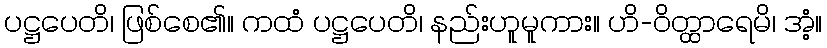
ပဋ္ဌပေတိ၊ ဖြစ်စေ၏။ ကထံ ပဋ္ဌပေတိ၊ နည်းဟူမူကား။ ဟိ-ဝိတ္ထာရေမိ၊ အံ့။